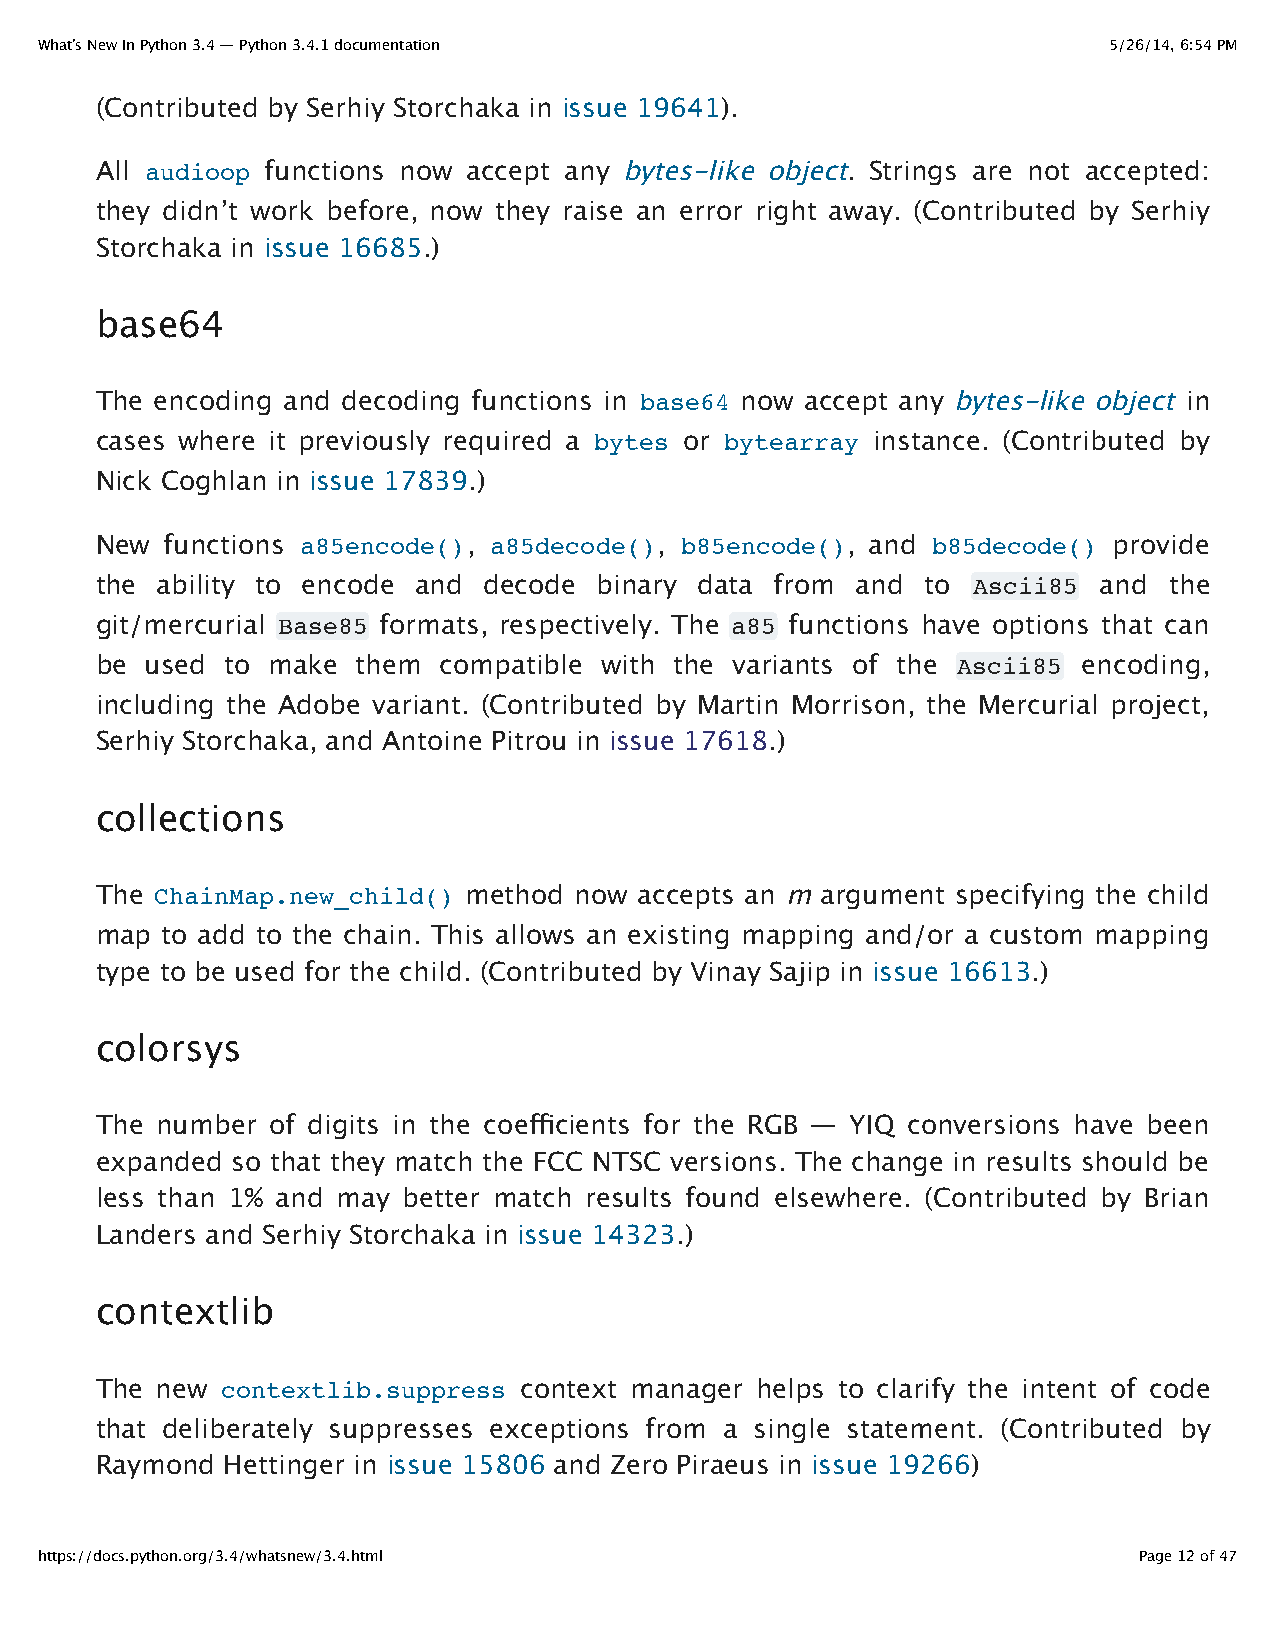
What’s New In Python 3.4 — Python 3.4.1 documentation                  5/26/14, 6:54 PM
 (Contributed by Serhiy Storchaka in issue 19641).
 All audioop functions now accept any bytes-like object. Strings are not accepted:
 they didn’t work before, now they raise an error right away. (Contributed by Serhiy
 Storchaka in issue 16685.)
 base64
 The encoding and decoding functions in base64 now accept any bytes-like object in
 cases where it previously required a bytes or bytearray instance. (Contributed by
 Nick Coghlan in issue 17839.)
 New  functions a85encode(), a85decode(), b85encode(), and b85decode() provide
 the ability to encode and decode  binary data from and to Ascii85  and the
 git/mercurial Base85 formats, respectively. The a85 functions have options that can
 be  used to make  them compatible with the variants of the Ascii85 encoding,
 including the Adobe variant. (Contributed by Martin Morrison, the Mercurial project,
 Serhiy Storchaka, and Antoine Pitrou in issue 17618.)
 collections
 The ChainMap.new_child() method now accepts an m argument specifying the child
 map  to add to the chain. This allows an existing mapping and/or a custom mapping
 type to be used for the child. (Contributed by Vinay Sajip in issue 16613.)
 colorsys
 The number  of digits in the coefficients for the RGB — YIQ conversions have been
 expanded so that they match the FCC NTSC versions. The change in results should be
 less than 1% and may better match results found elsewhere. (Contributed by Brian
 Landers and Serhiy Storchaka in issue 14323.)
 contextlib
 The new  contextlib.suppress context manager helps to clarify the intent of code
 that deliberately suppresses exceptions from a single statement. (Contributed by
 Raymond  Hettinger in issue 15806 and Zero Piraeus in issue 19266)
 https://docs.python.org/3.4/whatsnew/3.4.html                            Page 12 of 47